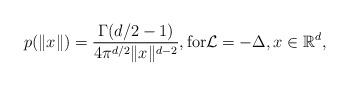
LaTeX: \begin{align*} p(\|x\|) = \frac{\Gamma(d/2-1)}{4\pi^{d/2} \|x\|^{d-2}}, \mbox{for} {\cal L}=-\Delta,x\in \mathbb{R}^d,\end{align*}